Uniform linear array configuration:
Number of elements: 8
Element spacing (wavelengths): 1
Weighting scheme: hann
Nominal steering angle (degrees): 30
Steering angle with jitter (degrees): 30.008
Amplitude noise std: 0.05
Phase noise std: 0.05

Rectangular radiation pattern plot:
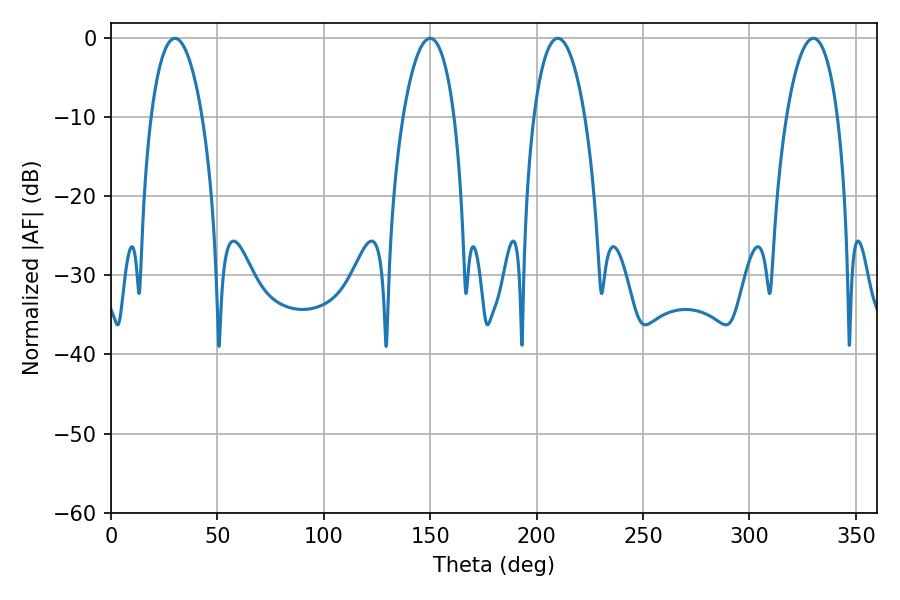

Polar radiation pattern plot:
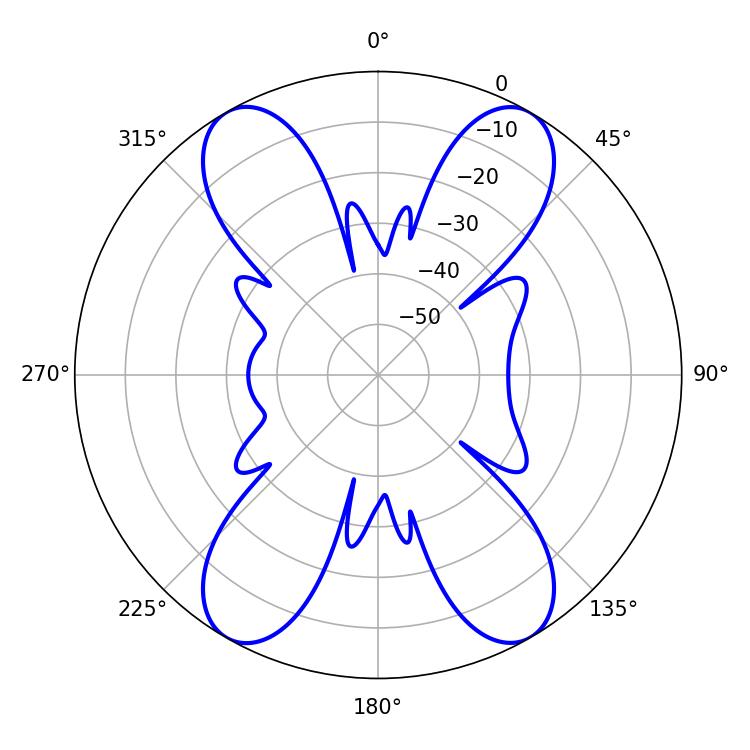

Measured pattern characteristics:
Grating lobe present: TRUE
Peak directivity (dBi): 30.665
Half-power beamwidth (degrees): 13.5
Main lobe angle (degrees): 30.06